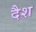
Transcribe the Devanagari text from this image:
दैश